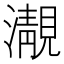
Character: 㵾